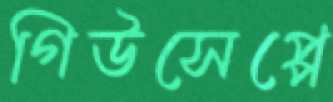
গিউসেপ্পে